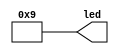
module top (
    output [3:0] led
);
    assign led = 4'b1001;

endmodule